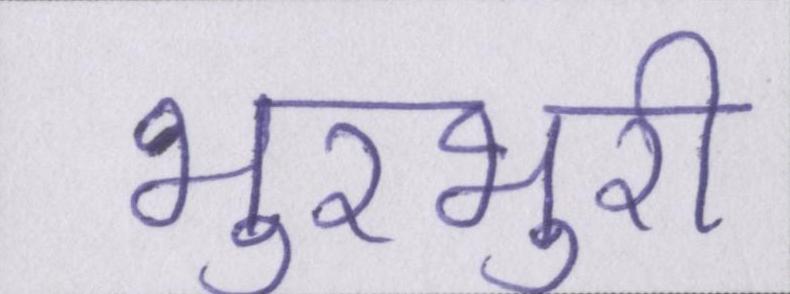
भुरभुरी